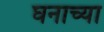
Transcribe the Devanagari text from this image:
घनाच्या